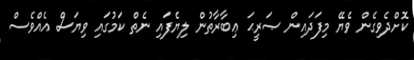
ކޮށްދެވިގެން ވެޔޭ މިފަދައިން ޞަރީޙަ ޢިބާރާތުން ލިޔެފައި ނެތް ކަމުގައި ވިޔަސް އެއްވެސް